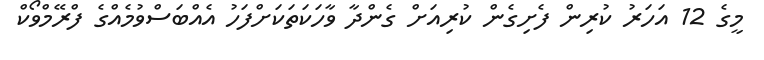
މީގެ 12 އަހަރު ކުރިން ފެށިގެން ކުރިއަށް ގެންދާ ވާހަކަތަަކަށްފަހު އެއްބަސްވުމެއްގެ ފްރޭމްވޯކް